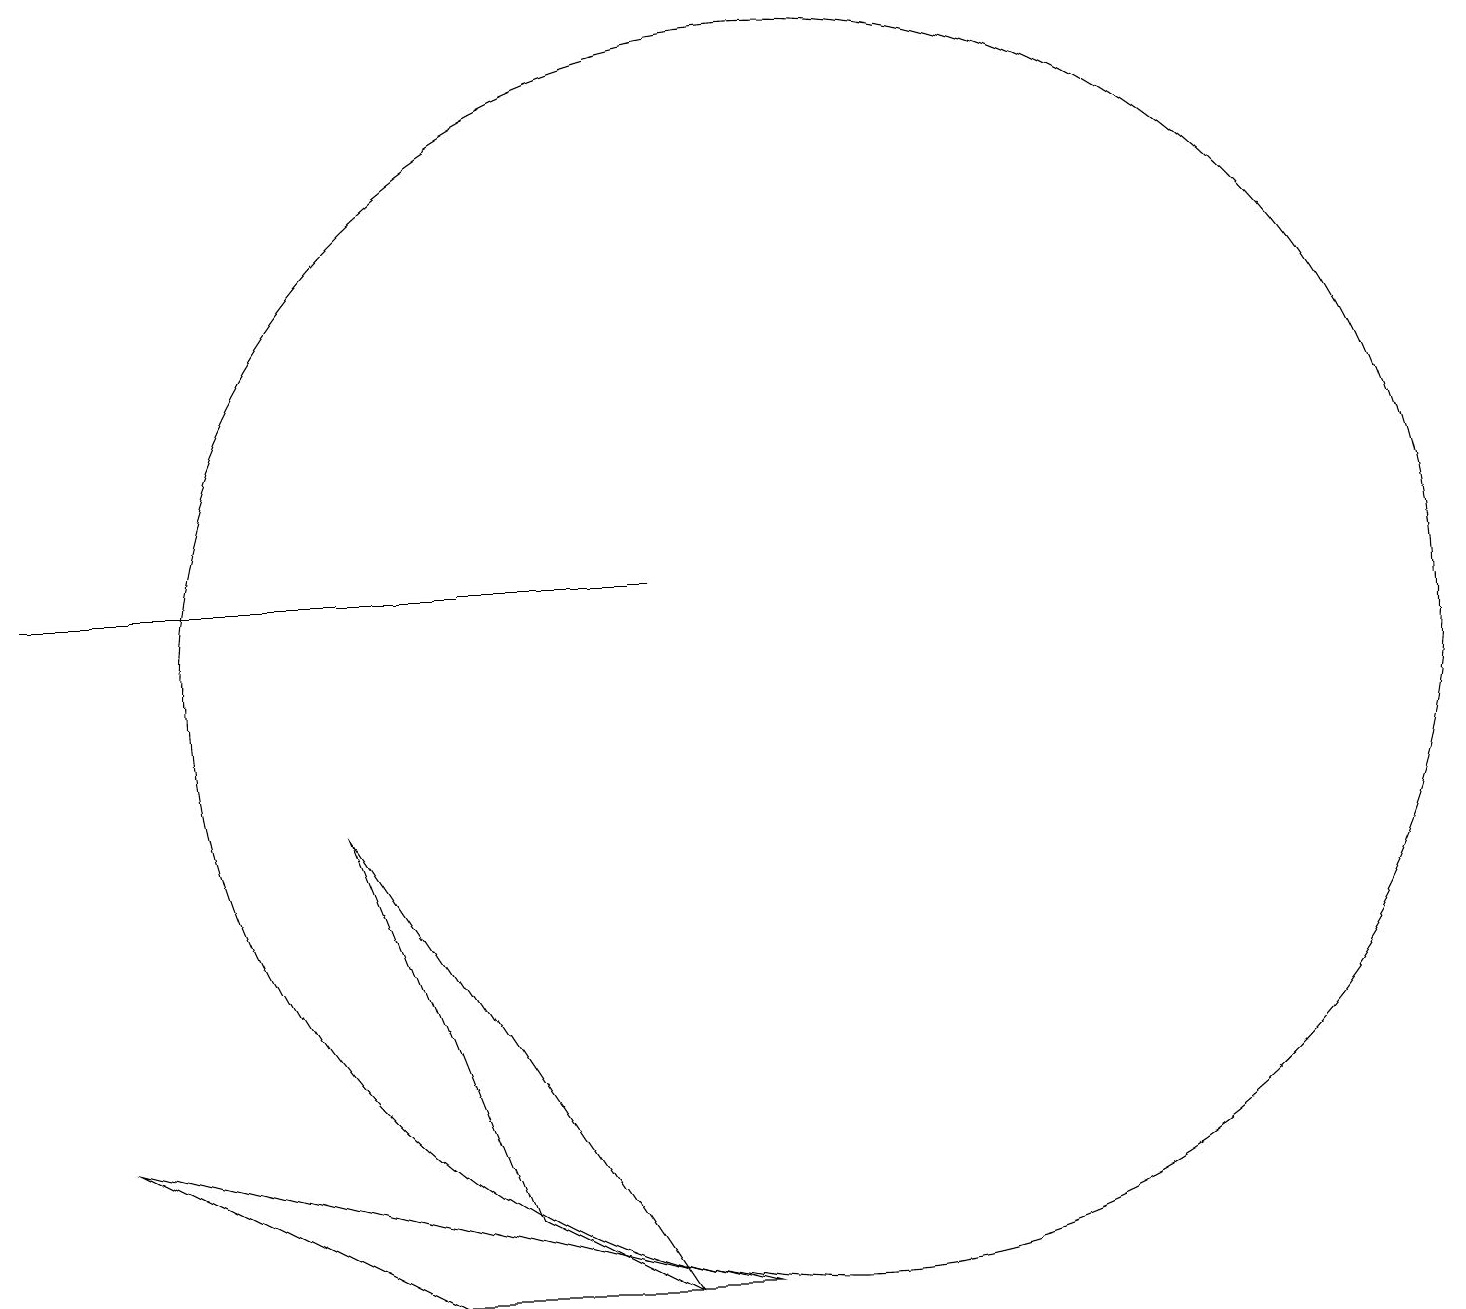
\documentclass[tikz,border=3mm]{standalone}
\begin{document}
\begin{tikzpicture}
\draw (6,4) -- (4,9) -- (8,3) -- cycle;
\draw (1,5) -- (5,3) -- (9,3) -- cycle;
\draw (10,11) circle (8);
\draw (0,12) rectangle (8,12);
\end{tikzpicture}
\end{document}